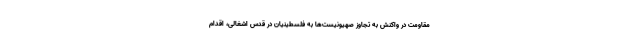
مقاومت در واکنش به تجاوز صهیونیست‌ها به فلسطینیان در قدس اشغالی، اقدام